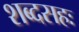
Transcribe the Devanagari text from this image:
शब्दसहः